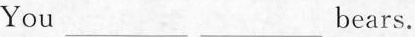
You ___bears.